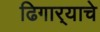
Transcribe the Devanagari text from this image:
ढिगार्‍याचे